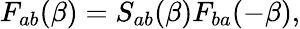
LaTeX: F_{ab}(\beta)=S_{ab}(\beta)F_{ba}(-\beta),